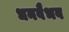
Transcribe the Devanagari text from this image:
धनवैभव